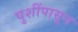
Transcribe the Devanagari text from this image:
घुशींपासून